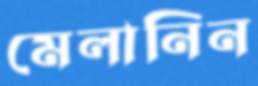
মেলানিন